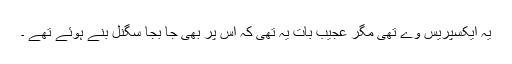
یہ ایکسپریس وے تھی مگر عجیب بات یہ تھی کہ اس پر بھی جا بجا سگنل بنے ہوئے تھے ۔